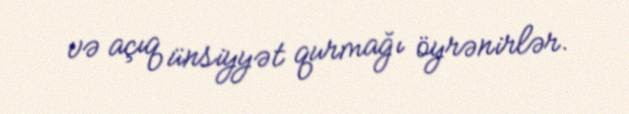
və açıq ünsiyyət qurmağı öyrənirlər.